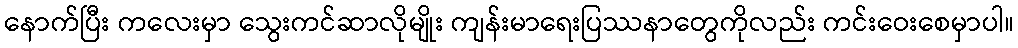
နောက်ပြီး ကလေးမှာ သွေးကင်ဆာလိုမျိုး ကျန်းမာရေးပြဿနာတွေကိုလည်း ကင်းဝေးစေမှာပါ။